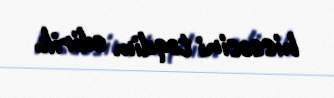
hissəsini təqdim edirik.